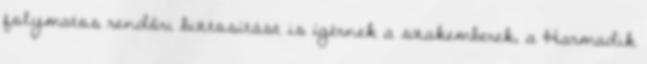
folymatos rendőri biztosítást is ígérnek a szakemberek, a Harmadik